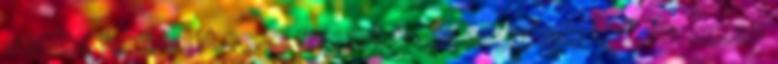
minden felvételét senki fia nem tudja végighallgatni, ha egész